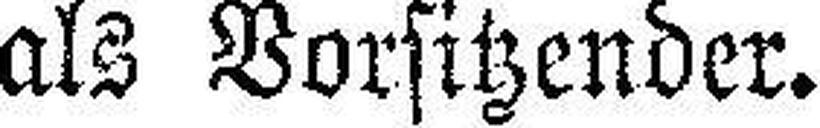
als Vorsitzender.